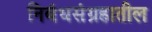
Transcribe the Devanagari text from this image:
निबंधसंग्रहातील